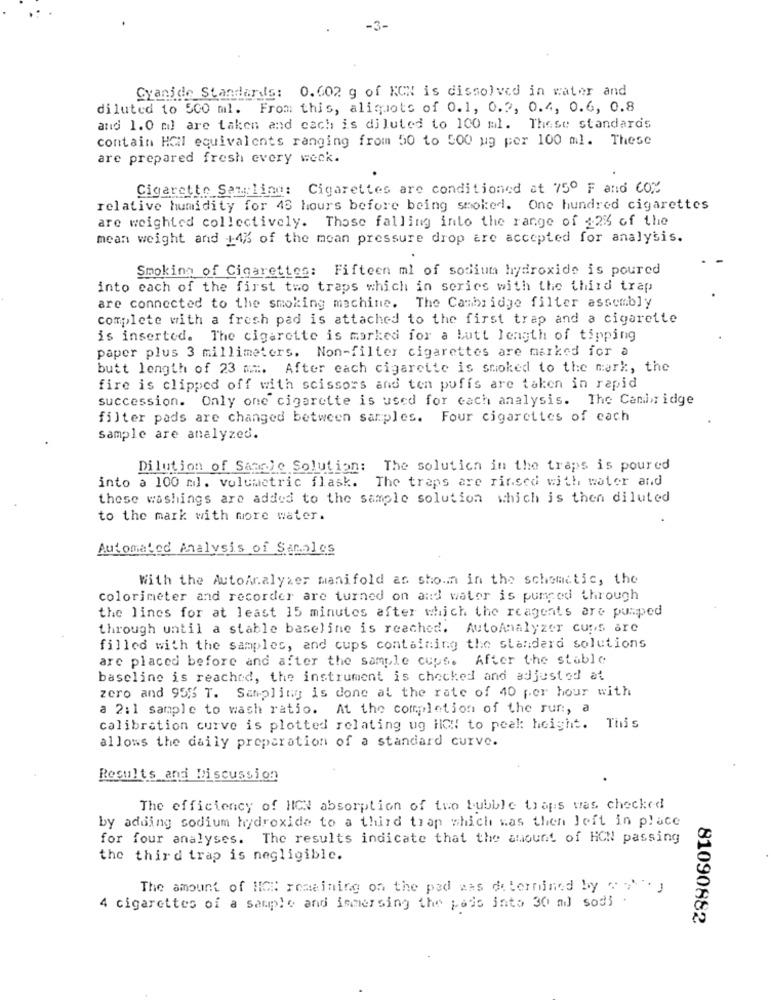
-3-
Cyanide Standards: 0.602 g of KON is dissolved in water and
diluted to 500 ml. From this, aliquots of 0.1, 0.2, 0.4, 0.6, 0.8
and 1.0 ml are taken and cach is diluted to 100 ml. These standards
contain HONI equivalents ranging from 50 to 500 ug per 100 ml. These
are prepared fresh every week.
Cigarette Sampling: Cigarettes are conditioned at 75º F and 60%
relative humidity for 48 hours before being smoked. One hundred cigarettes
are weighted collectively. Those falling into the range of 12% of the
mean weight and +4% of the mean pressure drop are accepted for analysis.
Smoking of Cigarettes: Fifteen ml of sodium hydroxide is poured
into each of the first two traps which in series with the third trap
are connected to the smoking machine. The Cambridge filter assembly
complete with a fresh pad is attached to the first trap and a cigarette
is inserted. The cigarette is marked for a Lutt length of tipping
paper plus 3 millimeters. Non-filter cigarettes are marked for a
butt length of 23 mm. After each cigarette is smoked to the mark :, the
fire is clipped off with scissors and ten puffs are taken in rapid
succession. Only one cigarette is used for cach analysis. The Cambridge
filter pads are changed between samples. Four cigarettes of cach
Sample are analyzed.
Dilution of Sample Solution: The solution in the traps is poured
into a 100 ml. volumetric flask. The traps are rinsed with water and
these washings are added to the sample solution which is then diluted
to the mark with more water.
Automated Analysis of Sales
With the AutoAnalyser manifold as shown in the schematic, the
colorimeter and recorder are turned on and water is pumped through
the lines for at least 15 minutes after which the reagents are pumped
through until a stable baseline is reached. AutoAnalyzer cups are
filled with the samples, and cups containing the standard solutions
are placed before and after the sample cups. After the stable
baseline is reached, the instrument is checked and adjusted at
zero and 95% T. Sampling is done at the rate of 40 per hour with
a 2:1 sample to wash ratio. At the completion of the run, a
calibration curve is plotted relating ug HC !! to peak height. This
allows the daily preparation of a standard curve.
Results and Discussion
The efficiency of HON absorption of two bubble traps was checked
by adding sodium hydroxide to a third trap which was then left in place
for four analyses. The results indicate that the amount of HON passing
the third trap is negligible.
The amount of HIGH remaining on the pad was determined by . i. y
4 cigarettes of a sample and immersing the pais into 30 ml sodi.
81090882